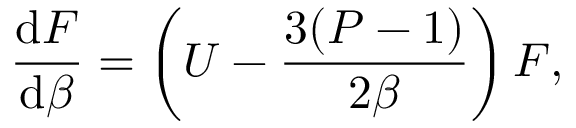
\frac { \mathrm { d } F } { \mathrm { d } \beta } = \left( { \cal U } - \frac { 3 ( P - 1 ) } { 2 \beta } \right) F ,